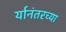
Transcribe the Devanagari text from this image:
र्यानंतरच्या